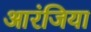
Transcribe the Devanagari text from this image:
आरंजिया